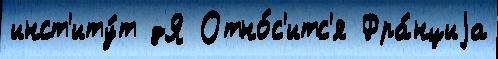
инст'иту́т дЯ Отно́с'итс'я Фра́нциjа